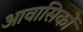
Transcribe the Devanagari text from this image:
आवासिकों